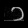
Digit: ၁